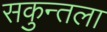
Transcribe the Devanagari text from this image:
सकुन्तला